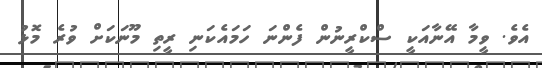
އެވެ. ވީމާ އޭނާއަކީ ސްކްރީނުން ފެންނަ ހަމައެކަނި ރީތި މޫނަކަށް ވުރެ މޮޅު